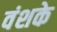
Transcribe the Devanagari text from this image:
वंशके